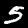
Label: 5